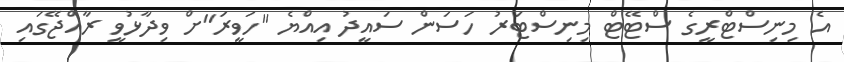
އެ މިނިސްޓްރީގެ ސްޓޭޓް މިނިސްޓަރު ހަސަން ސައީދު އިއްޔެ "ހަވީރަ"ށް ވިދާޅުވީ ރާއްޖޭގައި